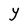
Character: Y